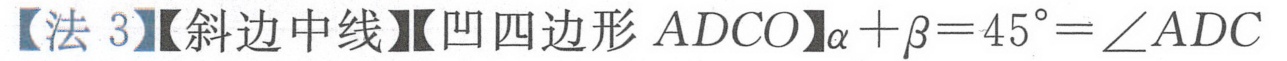
【法 3】【斜边中线】【凹四边形$ADCO$】$\alpha+\beta = 45^{\circ}=\angle ADC$